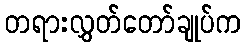
တရားလွှတ်တော်ချုပ်က